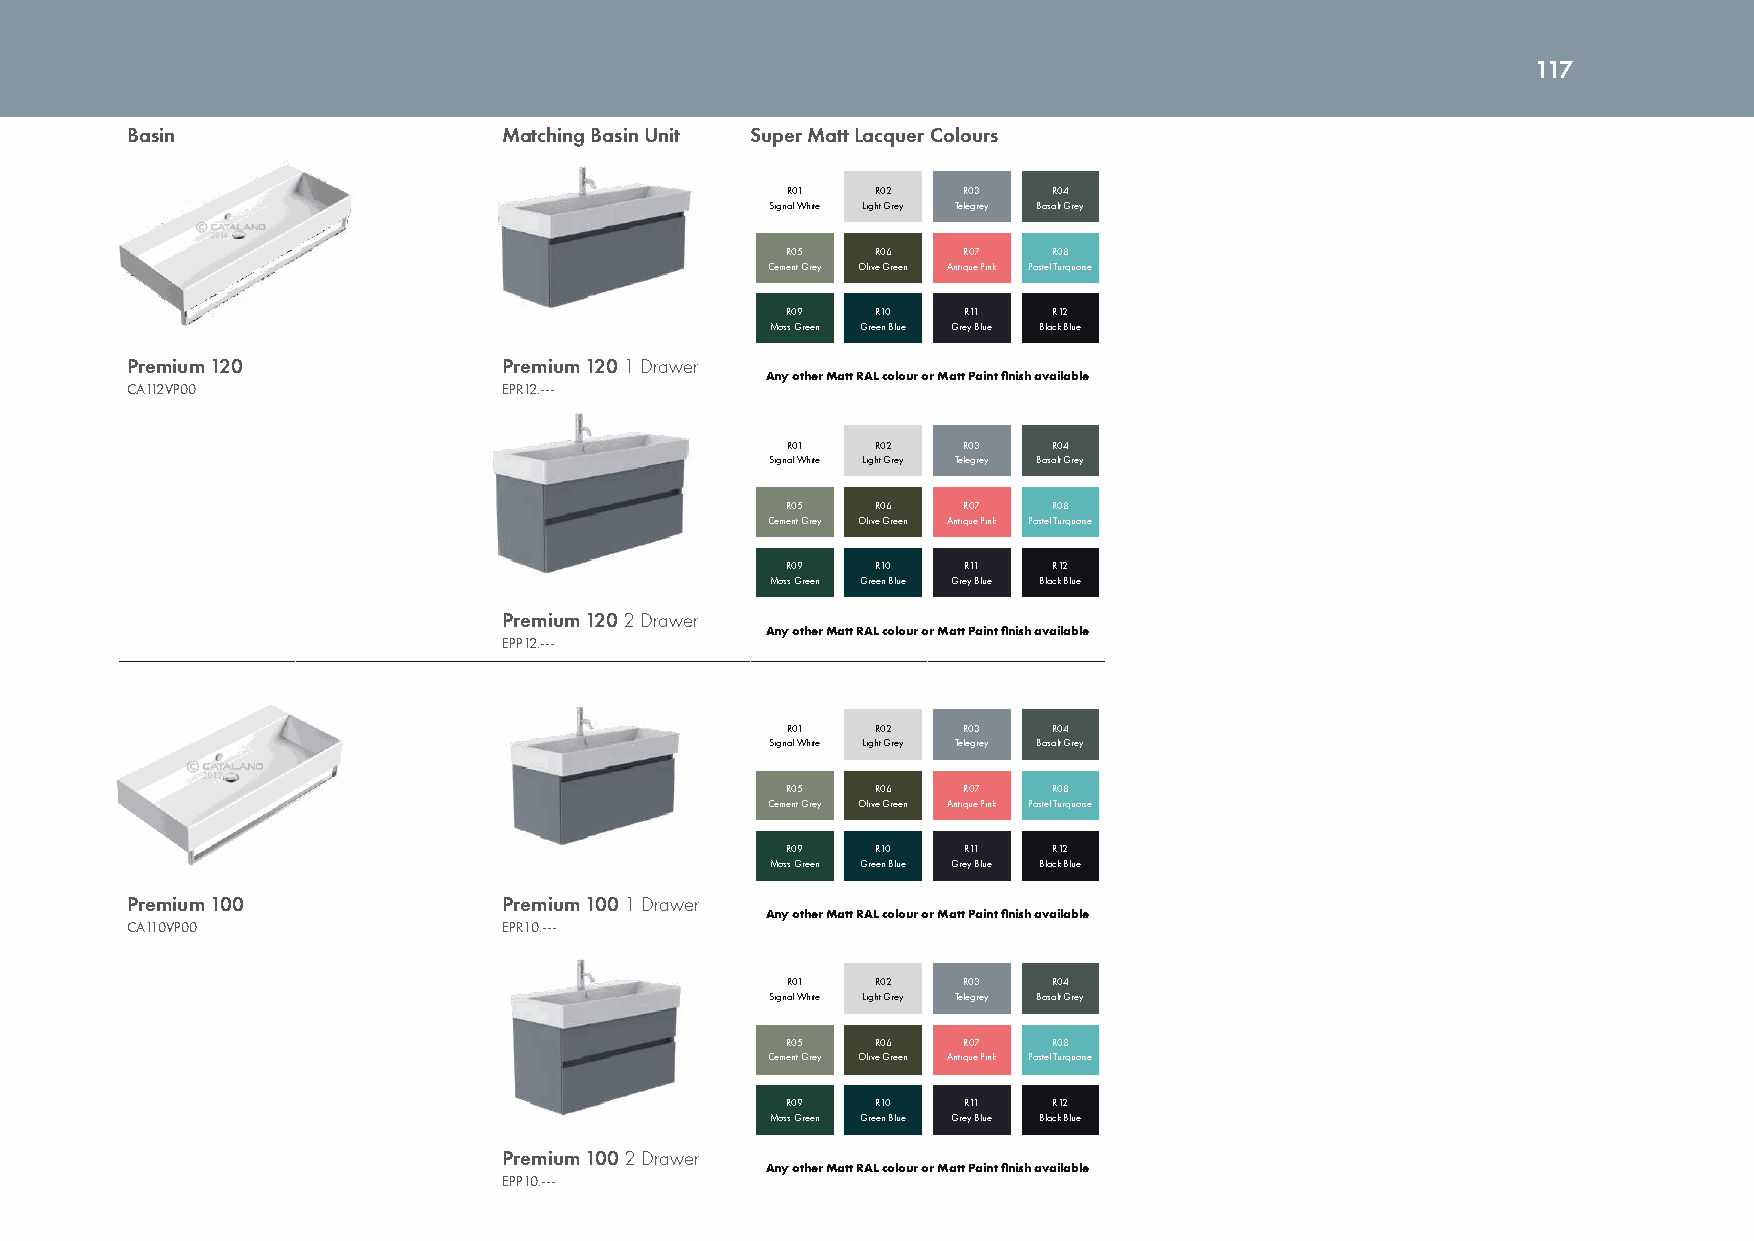
117
 Basin                    Matching Basin Unit Super Matt Lacquer Colours
 R01   R02   R03   R04
 Signal White Light Grey Telegrey Basalt Grey
 R05   R06   R07   R08
 Cement Grey Olive Green Antique Pink Pastel Turquoise
 R09   R10   R11   R12
 Moss Green Green Blue Grey Blue Black Blue
 Premium 120              Premium 120 1 Drawer
 Any other Matt RAL colour or Matt Paint finish available
 CA112VP00                EPR12.---
 R01   R02   R03   R04
 Signal White Light Grey Telegrey Basalt Grey
 R05   R06   R07   R08
 Cement Grey Olive Green Antique Pink Pastel Turquoise
 R09   R10   R11   R12
 Moss Green Green Blue Grey Blue Black Blue
 Premium 120 2 Drawer
 Any other Matt RAL colour or Matt Paint finish available
 EPP12.---
 R01   R02   R03   R04
 Signal White Light Grey Telegrey Basalt Grey
 R05   R06   R07   R08
 Cement Grey Olive Green Antique Pink Pastel Turquoise
 R09   R10   R11   R12
 Moss Green Green Blue Grey Blue Black Blue
 Premium 100              Premium 100 1 Drawer
 Any other Matt RAL colour or Matt Paint finish available
 CA110VP00                EPR10.---
 R01   R02   R03   R04
 Signal White Light Grey Telegrey Basalt Grey
 R05   R06   R07   R08
 Cement Grey Olive Green Antique Pink Pastel Turquoise
 R09   R10   R11   R12
 Moss Green Green Blue Grey Blue Black Blue
 Premium 100 2 Drawer
 Any other Matt RAL colour or Matt Paint finish available
 EPP10.---